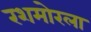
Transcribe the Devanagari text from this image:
रशमोरला